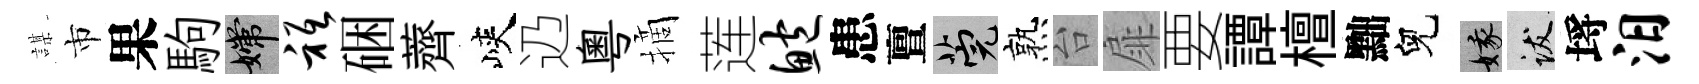
謀市果駒嫦只硱薺峽辸粵摘莲鲍患亶筦熟台扉要譚檀黜兒娥跋埓汨